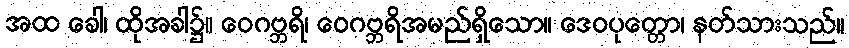
အထ ခေါ၊ ထိုအခါ၌။ ဝေဂဗ္ဘရိ၊ ဝေဂဗ္ဘရိအမည်ရှိသော။ ဒေဝပုတ္တော၊ နတ်သားသည်။